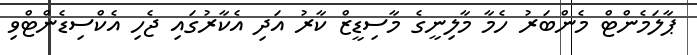
ޕާލަމެންޓް މެންބަރު ހެމާ މާލިނީގެ މާސިޑީޒް ކާރު އަދި އެކާރުގައި ޖެހި އެކްސިޑެންޓްވި